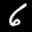
Label: 6